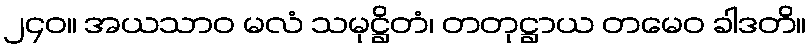
၂၄၀။ အယသာဝ မလံ သမုဋ္ဌိတံ၊ တတုဋ္ဌာယ တမေဝ ခါဒတိ။